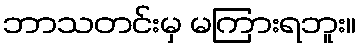
ဘာသတင်းမှ မကြားရဘူး။